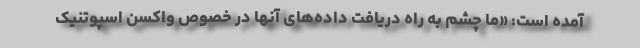
آمده است: «ما چشم به راه دریافت داده‌های آنها در خصوص واکسن اسپوتنیک